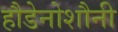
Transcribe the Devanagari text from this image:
हौडेनोशौनी